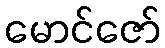
မောင်ဇော်